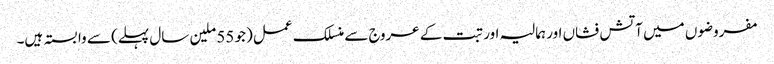
مفروضوں میں آتش فشاں اور ہمالیہ اور تبت کے عروج سے منسلک عمل (جو 55 ملین سال پہلے) سے وابستہ ہیں۔